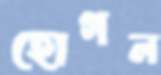
হোগল